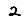
Digit: 2